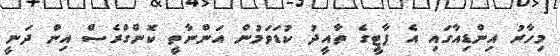
މިހާރު އިންޑިއާގައި އެ ޕާޓީގެ ތާއީދު ކުޑަވަމުން އަންނާތީ ކޮންގްރެސް އިން ދަނީ